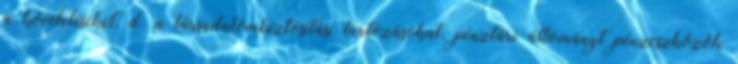
a követeléseket, d. a társadalombiztosítási tartozásokat, pénztári állományt pénzeszközök